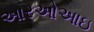
આરઓઆઇ